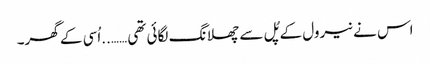
اس نے نیرول کے پُل سے چھلانگ لگائی تھی ……..اُسی کے گھر۔